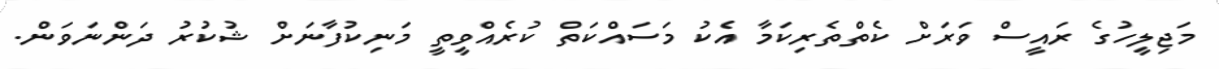
މަޖިލީހުގެ ރައީސް ވަރަށް ކެތްތެރިކަމާ އެކު މަސައްކަތް ކުރެއްވީތީ މަނިކުފާނަށް ޝުކުރު ދަންނަވަން.